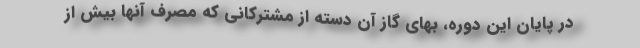
در پایان این دوره، بهای گاز آن دسته از مشترکانی که مصرف آنها بیش از